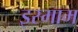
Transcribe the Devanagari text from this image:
इस्माम